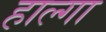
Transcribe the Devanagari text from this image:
हाल्गा